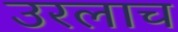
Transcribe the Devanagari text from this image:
उरलाच